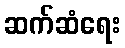
ဆက်ဆံရေး